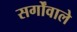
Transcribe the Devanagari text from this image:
सर्गोंवाले